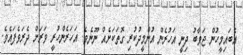
އެބައިމީހުން ޖަވާބު ދިނީ އަހުރެން އުންމީދުކުރި ގޮތަކަށެއް ނޫނެވެ. އަހަރެންހުރީ ވަރަށް ދެރަވެފައެވެ.